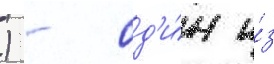
) - од'и́н и́з